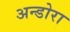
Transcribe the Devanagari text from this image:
अन्डोरा